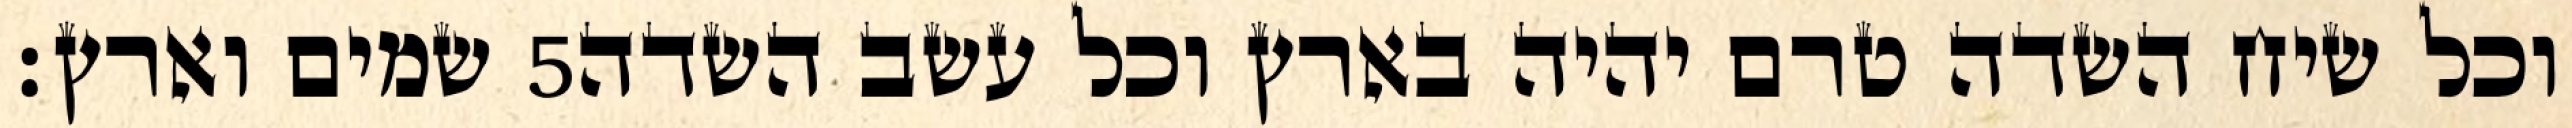
שמים וארץ׃ ‎5‏ וכל שיח השדה טרם יהיה בארץ וכל עשב השדה